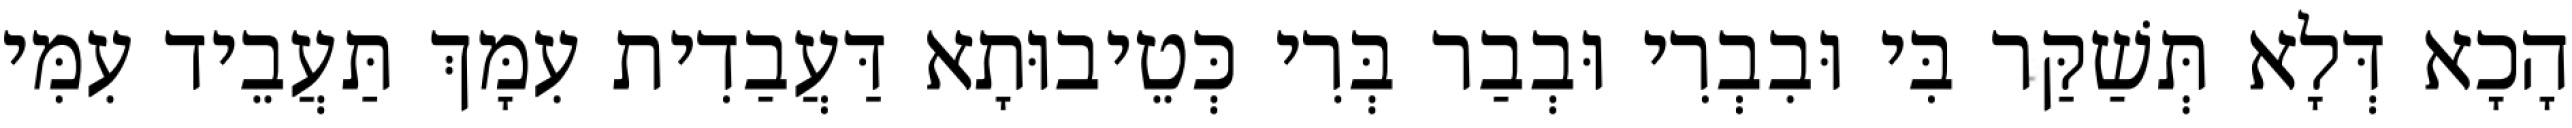
הָכָא דְּלָא תְּשַׁקַּר בִּי וּבִבְרִי וּבְבַר בְּרִי כְּטֵיבוּתָא דַּעֲבַדִית עִמָּךְ תַּעֲבֵיד עִמִּי